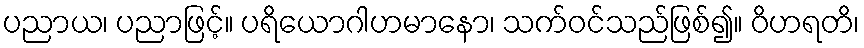
ပညာယ၊ ပညာဖြင့်။ ပရိယောဂါဟမာနော၊ သက်ဝင်သည်ဖြစ်၍။ ဝိဟရတိ၊